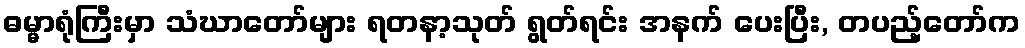
ဓမ္မာရုံကြီးမှာ သံဃာတော်များ ရတနာ့သုတ် ရွတ်ရင်း အနက် ပေးပြီး, တပည့်တော်က